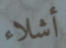
أشلاء